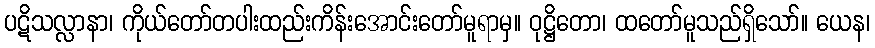
ပဋိသလ္လာနာ၊ ကိုယ်တော်တပါးထည်းကိန်းအောင်းတော်မူရာမှ။ ဝုဋ္ဌိတော၊ ထတော်မူသည်ရှိသော်။ ယေန၊